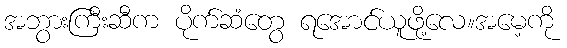
အဘွားကြီးဆီက ပိုက်ဆံတွေ ရအောင်ယူဖို့လေ။အမေ့ကို